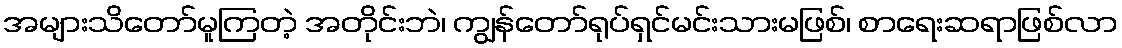
အများသိတော်မူကြတဲ့ အတိုင်းဘဲ၊ ကျွန်တော်ရုပ်ရှင်မင်းသားမဖြစ်၊ စာရေးဆရာဖြစ်လာ